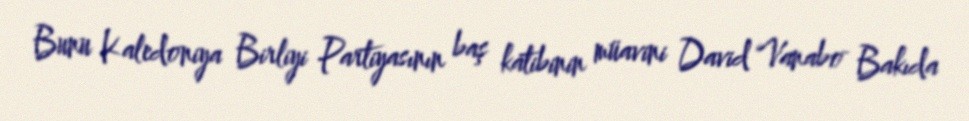
Bunu Kaledoniya Birliyi Partiyasının baş katibinin müavini David Vanabo Bakıda